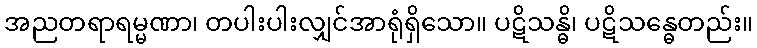
အညတရာရမ္မဏာ၊ တပါးပါးလျှင်အာရုံရှိသော။ ပဋိသန္ဓိ၊ ပဋိသန္ဓေတည်း။